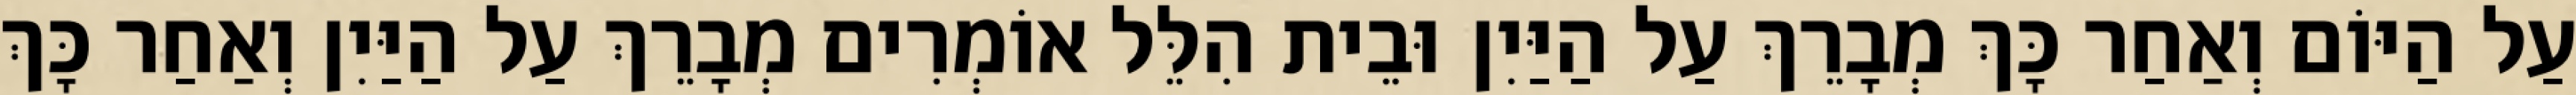
עַל הַיּוֹם וְאַחַר כָּךְ מְבָרֵךְ עַל הַיַּיִן וּבֵית הִלֵּל אוֹמְרִים מְבָרֵךְ עַל הַיַּיִן וְאַחַר כָּךְ